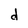
Character: d